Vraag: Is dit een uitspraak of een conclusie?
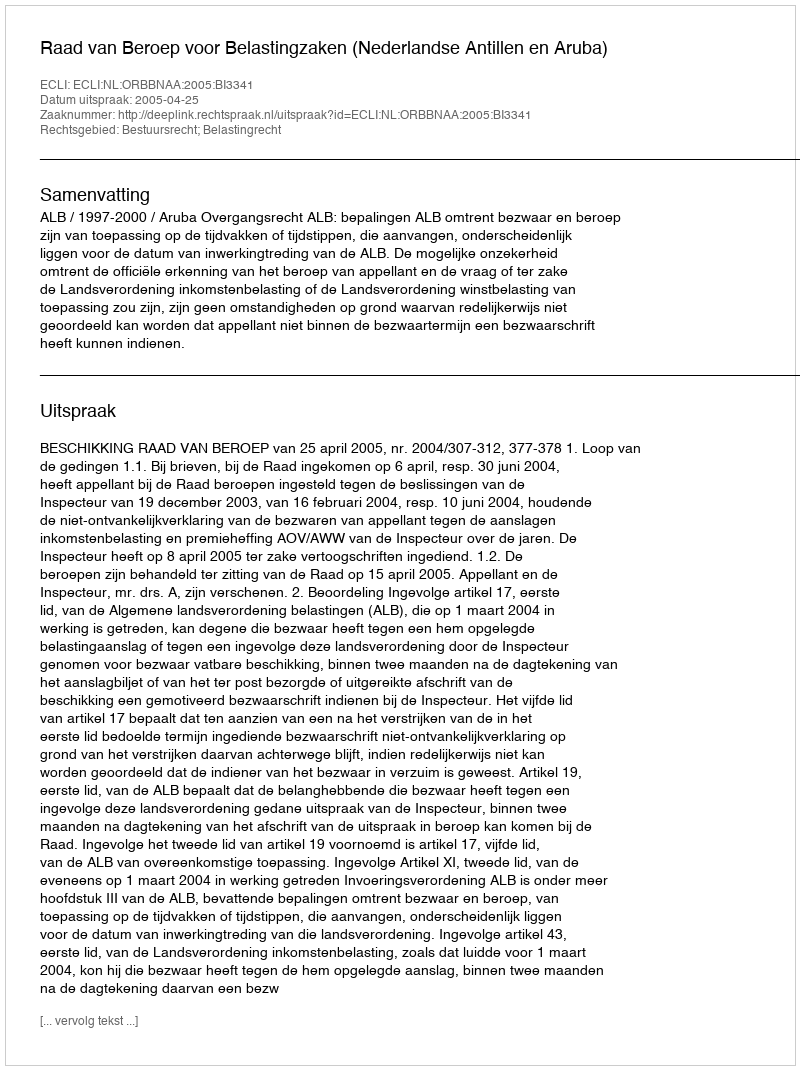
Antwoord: Uitspraak